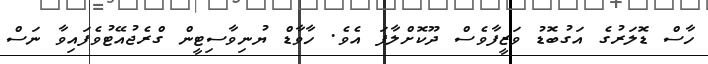
ހާސް ޑޮލަރުގެ އަގުބޮޑު ވަޒީފާވެސް ދޫކޮށްލާފަ އެވެ. ހާވާޑް ޔުނިވާސިޓީން ގްރެޖުއޭޓުވެފައިވާ ނަސް